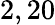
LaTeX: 2,20